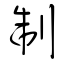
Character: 制